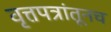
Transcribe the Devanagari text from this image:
वृत्तपत्रांतूनच